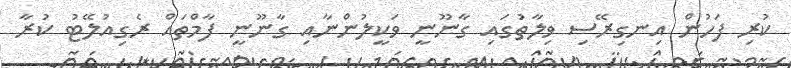
ކުރި ފަހުން އިނގިރޭސި ވިލާތުގައި ގާނޫނީ ވަކީލުންނާއި ގާނޫނީ ފާމްތައް ރެގިއުލޭޓު ކުރާ